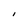
Character: I